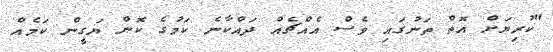
"ކުރިޔަށް އޮތް ތަނުގައި ވެސް އެއްޗެއް ދައްކާނެ ކަމުގެ ކޮން ޔަގީން ކަމެއް